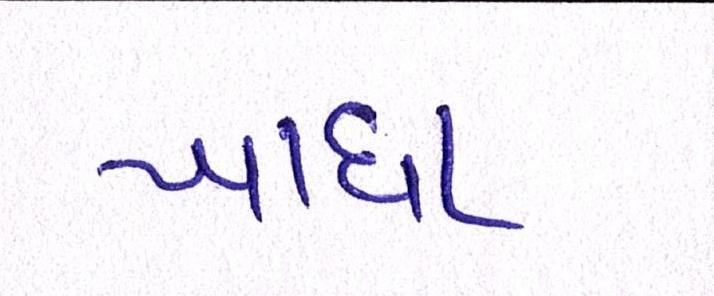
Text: ખાધા